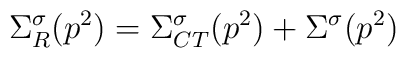
\Sigma _{R}^{\sigma }(p^{2})=\Sigma _{CT}^{\sigma }(p^{2})+\Sigma ^{\sigma}(p^{2})